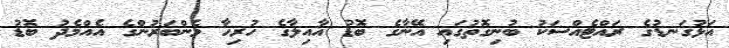
އަޅުގަނޑުގެ ރައްޓެއްސަކު ބުނިގޮތުގައި އޭނާގެ ބޮޑު އާއިލާގެ ހުރިހާ މެންބަރުންގެ އެއްމެދު ބޮޑު